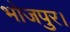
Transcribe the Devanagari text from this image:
भोजपुर।